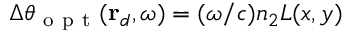
\Delta \theta _ { \mathrm { ~ o ~ p ~ t ~ } } ( \mathbf { r } _ { d } , \omega ) = ( \omega / c ) n _ { 2 } L ( x , y )